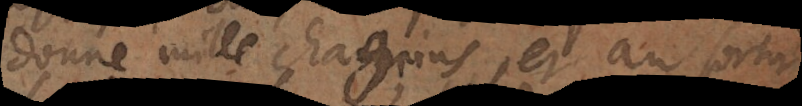
donne mille chagrins, et au sortir